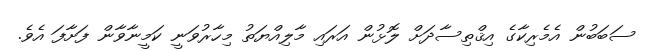
ސަބަބުން އެމެރިކާގެ އިޤްތިސާދަށް ލޮޅުން އަރައި މާލިއްޔަތު މިހާރުވަނީ ކަމީނާވާން ފަށާފަ އެވެ.